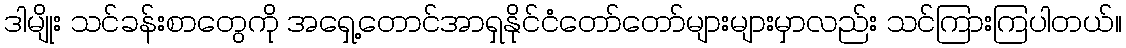
ဒါမျိုး သင်ခန်းစာတွေကို အရှေ့တောင်အာရှနိုင်ငံတော်တော်များများမှာလည်း သင်ကြားကြပါတယ်။